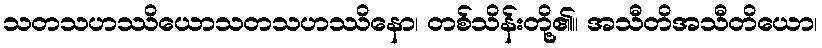
သတသဟဿိယောသတသဟဿိနော၊ တစ်သိန်းတို့၏။ အသီတိအသီတိယော၊